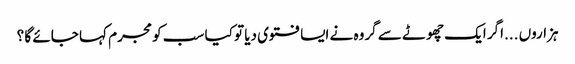
ہزاروں ...اگر ایک چھوٹے سے گروہ نے ایسا فتوی دیا تو کیا سب کو مجرم کہا جائے گا ؟